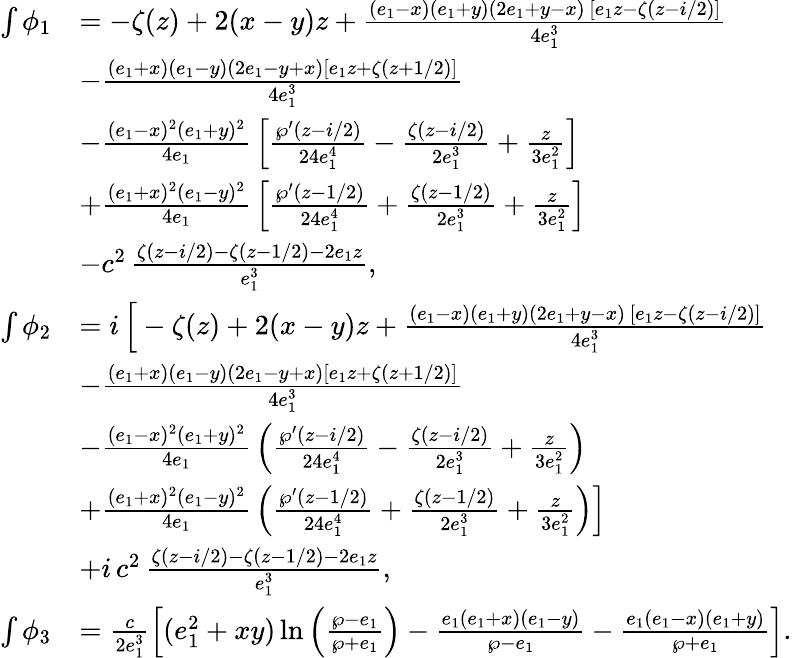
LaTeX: \begin{array}{rl}{\int\phi_{1}}&{=-\zeta(z)+2(x-y)z+\frac{(e_{1}-x)(e_{1}+y)(2e_{1}+y-x)\, [e_{1}z-\zeta(z-i/2)]}{4e_{1}^{3}}}\\ &{-\frac{(e_{1}+x)(e_{1}-y)(2e_{1}-y+x)[e_{1}z+\zeta(z+1/2)]}{4e_{1}^{3}}}\\ &{-\frac{(e_{1}-x)^{2}(e_{1}+y)^{2}}{4e_{1}}\, \Big[\frac{\wp^{\prime}(z-i/2)}{24e_{1}^{4}}-\frac{\zeta(z-i/2)}{2e_{1}^{3}}+\frac{z}{3e_{1}^{2}}\Big]}\\ &{+\frac{(e_{1}+x)^{2}(e_{1}-y)^{2}}{4e_{1}}\, \Big[\frac{\wp^{\prime}(z-1/2)}{24e_{1}^{4}}+\frac{\zeta(z-1/2)}{2e_{1}^{3}}+\frac{z}{3e_{1}^{2}}\Big]}\\ &{-c^{2}\, \frac{\zeta(z-i/2)-\zeta(z-1/2)-2e_{1}z}{e_{1}^{3}},}\\ {\int\phi_{2}}&{=i\, \Big[-\zeta(z)+2(x-y)z+\frac{(e_{1}-x)(e_{1}+y)(2e_{1}+y-x)\, [e_{1}z-\zeta(z-i/2)]}{4e_{1}^{3}}}\\ &{-\frac{(e_{1}+x)(e_{1}-y)(2e_{1}-y+x)[e_{1}z+\zeta(z+1/2)]}{4e_{1}^{3}}}\\ &{-\frac{(e_{1}-x)^{2}(e_{1}+y)^{2}}{4e_{1}}\, \Big(\frac{\wp^{\prime}(z-i/2)}{24e_{1}^{4}}-\frac{\zeta(z-i/2)}{2e_{1}^{3}}+\frac{z}{3e_{1}^{2}}\Big)}\\ &{+\frac{(e_{1}+x)^{2}(e_{1}-y)^{2}}{4e_{1}}\, \Big(\frac{\wp^{\prime}(z-1/2)}{24e_{1}^{4}}+\frac{\zeta(z-1/2)}{2e_{1}^{3}}+\frac{z}{3e_{1}^{2}}\Big)\Big]}\\ &{+i\, c^{2}\, \frac{\zeta(z-i/2)-\zeta(z-1/2)-2e_{1}z}{e_{1}^{3}},}\\ {\int\phi_{3}}&{=\frac{c}{2e_{1}^{3}}\Big[(e_{1}^{2}+xy)\ln\Big(\frac{\wp-e_{1}}{\wp+e_{1}}\Big)-\frac{e_{1}(e_{1}+x)(e_{1}-y)}{\wp-e_{1}}-\frac{e_{1}(e_{1}-x)(e_{1}+y)}{\wp+e_{1}}\Big].}\end{array}